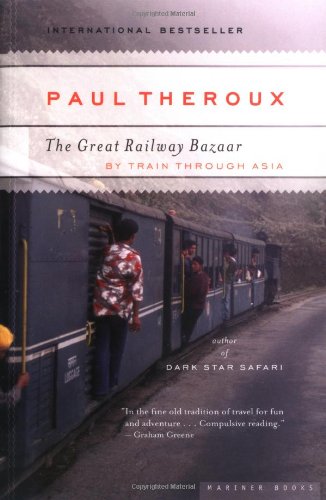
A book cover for The Great Railway Bazaar; Paul Theroux; Travel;